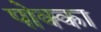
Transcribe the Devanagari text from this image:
पोक्का